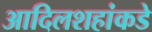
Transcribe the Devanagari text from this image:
आदिलशहांकडे